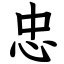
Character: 忠